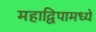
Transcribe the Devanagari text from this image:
महाद्विपामध्ये